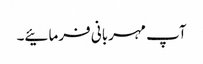
آپ مہربانی فرمائیے۔